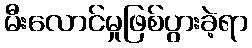
မီးလောင်မှုဖြစ်ပွားခဲ့ရာ